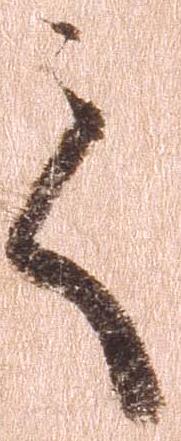
て